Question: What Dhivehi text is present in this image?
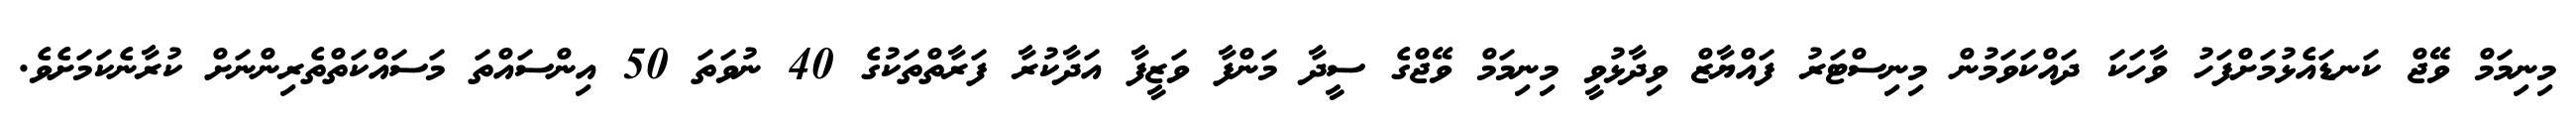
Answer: މިނިމަމް ވޭޖް ކަނޑައެޅުމަށްފަހު ވާހަކަ ދައްކަވަމުން މިނިސްޓަރު ފައްޔާޒް ވިދާޅުވީ މިނިމަމް ވޭޖްގެ ސީދާ މަންފާ ވަޒީފާ އަދާކުރާ ފަރާތްތަކުގެ 40 ނުވަތަ 50 އިންސައްތަ މަސައްކަތްތެރިންނަށް ކުރާނެކަމަށެވެ.